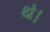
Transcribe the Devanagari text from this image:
थ॓।